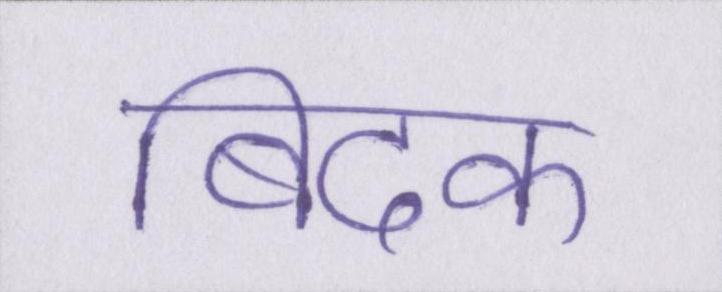
बिदक